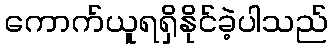
ကောက်ယူရရှိနိုင်ခဲ့ပါသည်